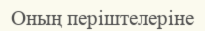
Оның періштелеріне